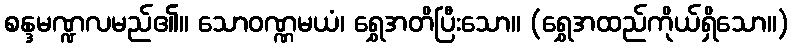
စန္ဒမဏ္ဍလမည်၏။ သောဝဏ္ဏမယံ၊ ရွှေအတိပြီးသော။ (ရွှေအထည်ကိုယ်ရှိသော။)